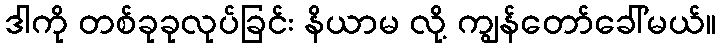
ဒါကို တစ်ခုခုလုပ်ခြင်း နိယာမ လို့ ကျွန်တော်ခေါ်မယ်။